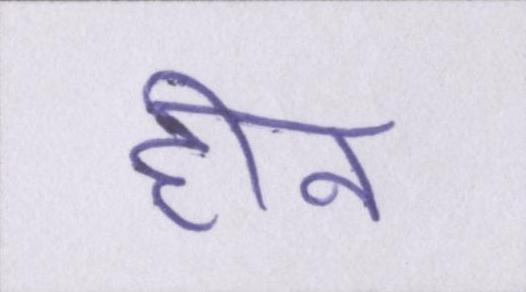
हीन